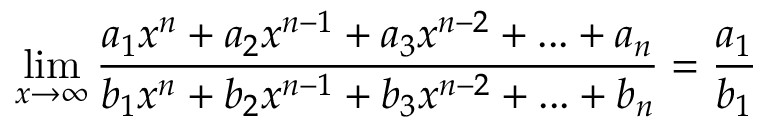
\operatorname* { l i m } _ { x \to \infty } { \frac { a _ { 1 } { x } ^ { n } + a _ { 2 } { x } ^ { n - 1 } + a _ { 3 } { x } ^ { n - 2 } + . . . + a _ { n } } { b _ { 1 } { x } ^ { n } + b _ { 2 } { x } ^ { n - 1 } + b _ { 3 } { x } ^ { n - 2 } + . . . + b _ { n } } } = { \frac { a _ { 1 } } { b _ { 1 } } }